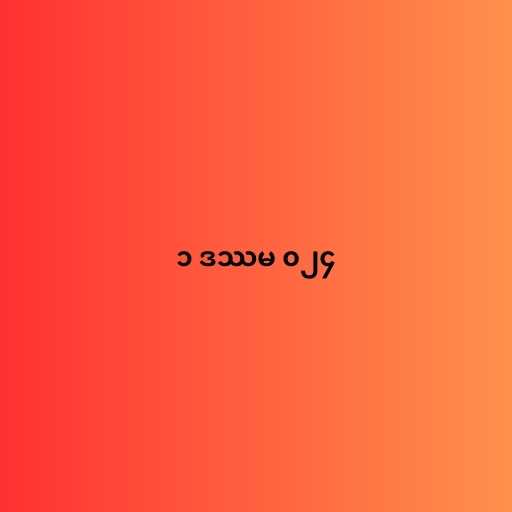
၁ ဒဿမ ၀၂၄